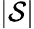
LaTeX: |\mathcal S|